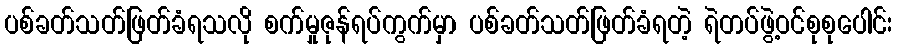
ပစ်ခတ်သတ်ဖြတ်ခံရသလို စက်မှုဇုန်ရပ်ကွက်မှာ ပစ်ခတ်သတ်ဖြတ်ခံရတဲ့ ရဲတပ်ဖွဲ့ဝင်စုစုပေါင်း